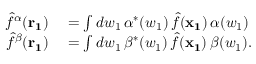
\begin{array} { r l } { \hat { f } ^ { \alpha } ( \mathbf { r _ { 1 } } ) } & { { } = \int d w _ { 1 } \, \alpha ^ { * } ( w _ { 1 } ) \, \hat { f } ( \mathbf { x _ { 1 } } ) \, \alpha ( w _ { 1 } ) } \\ { \hat { f } ^ { \beta } ( \mathbf { r _ { 1 } } ) } & { { } = \int d w _ { 1 } \, \beta ^ { * } ( w _ { 1 } ) \, \hat { f } ( \mathbf { x _ { 1 } } ) \, \beta ( w _ { 1 } ) . } \end{array}